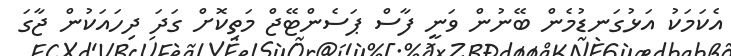
އެކަމަކު އަޅުގަނޑުމެން ބޭނުން ވަނީ ފާސް ޕަސެންޓޭޖް މަތިކޮށް ގަދަ ދިހައަކުން ޖާގަ